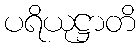
ပရိယုဋ္ဌာတိ